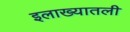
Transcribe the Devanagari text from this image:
इलाख्यातली